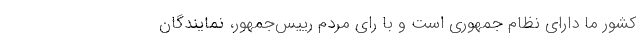
کشور ما دارای نظام جمهوری است و با رای مردم رییس‌جمهور، نمایندگان